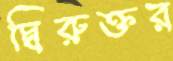
দ্বিরুক্তর